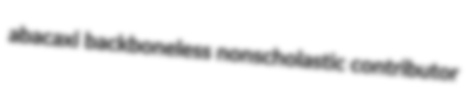
abacaxi backboneless nonscholastic contributor